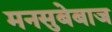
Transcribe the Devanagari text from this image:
मनसुबेबाज